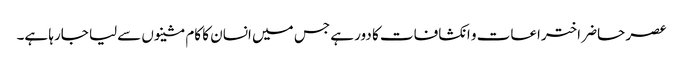
عصر حاضر اختراعات و انکشافات کا دور ہے جس میں انسان کا کام مشینوں سےلیا جارہا ہے۔